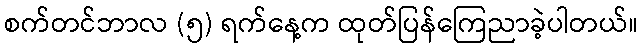
စက်တင်ဘာလ (၅) ရက်နေ့က ထုတ်ပြန်ကြေညာခဲ့ပါတယ်။